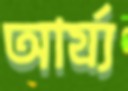
আর্য্য